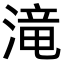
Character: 滝